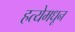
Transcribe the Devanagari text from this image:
हत्येमधून